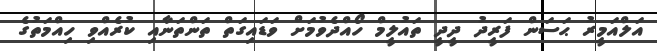
އަލްއަމީރު ޙަސަން ފަރީދު ދީދީ ތައުލީމް ހޯއްދެވުމަށް ވަޑައިގަތް ތަންތަނާއި ކުރެއްވި ހިއްމަތުގެ